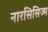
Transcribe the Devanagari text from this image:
नारसिसिज्म